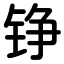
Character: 铮